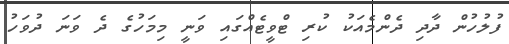
ފުލުހުން ދާދި ދެންމެއަކު ކުރި ޓްވީޓެއްގައި ވަނީ މިމަހުގެ ދެ ވަނަ ދުވަހު